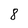
Character: 8